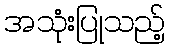
အသုံးပြုသည့်